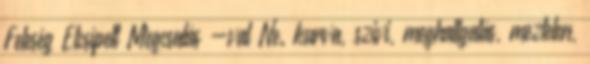
Feleség Elcsípett Megcsalás -val Ne. kurva, szivi, meghallgatás, meztelen,